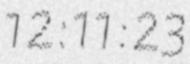
12:11:23